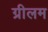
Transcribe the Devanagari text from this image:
ग्रीलम